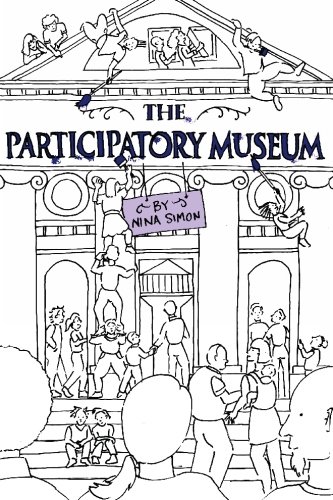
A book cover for The Participatory Museum; Nina Simon; Business & Money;